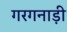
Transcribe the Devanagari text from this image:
गरगनाड़ी